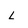
Character: L